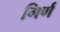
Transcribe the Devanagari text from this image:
गिर्ण